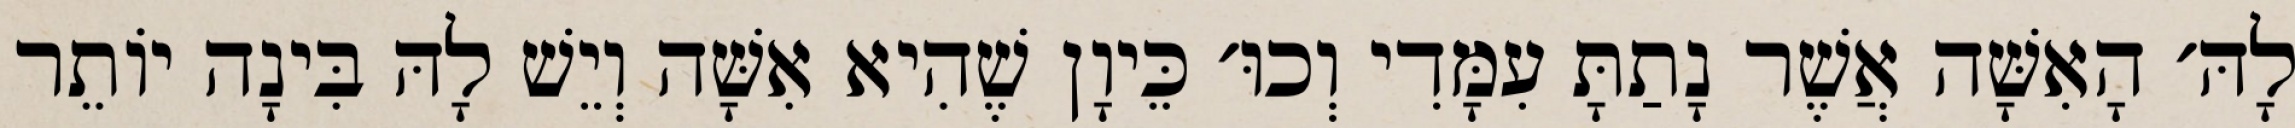
לָהּ׳ הָאִשָּׁה אֲשֶׁר נָתַתָּ עִמָּדִי וְכוּ׳ כֵּיוָן שֶׁהִיא אִשָּׁה וְיֵשׁ לָהּ בִּינָה יוֹתֵר